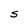
Character: S